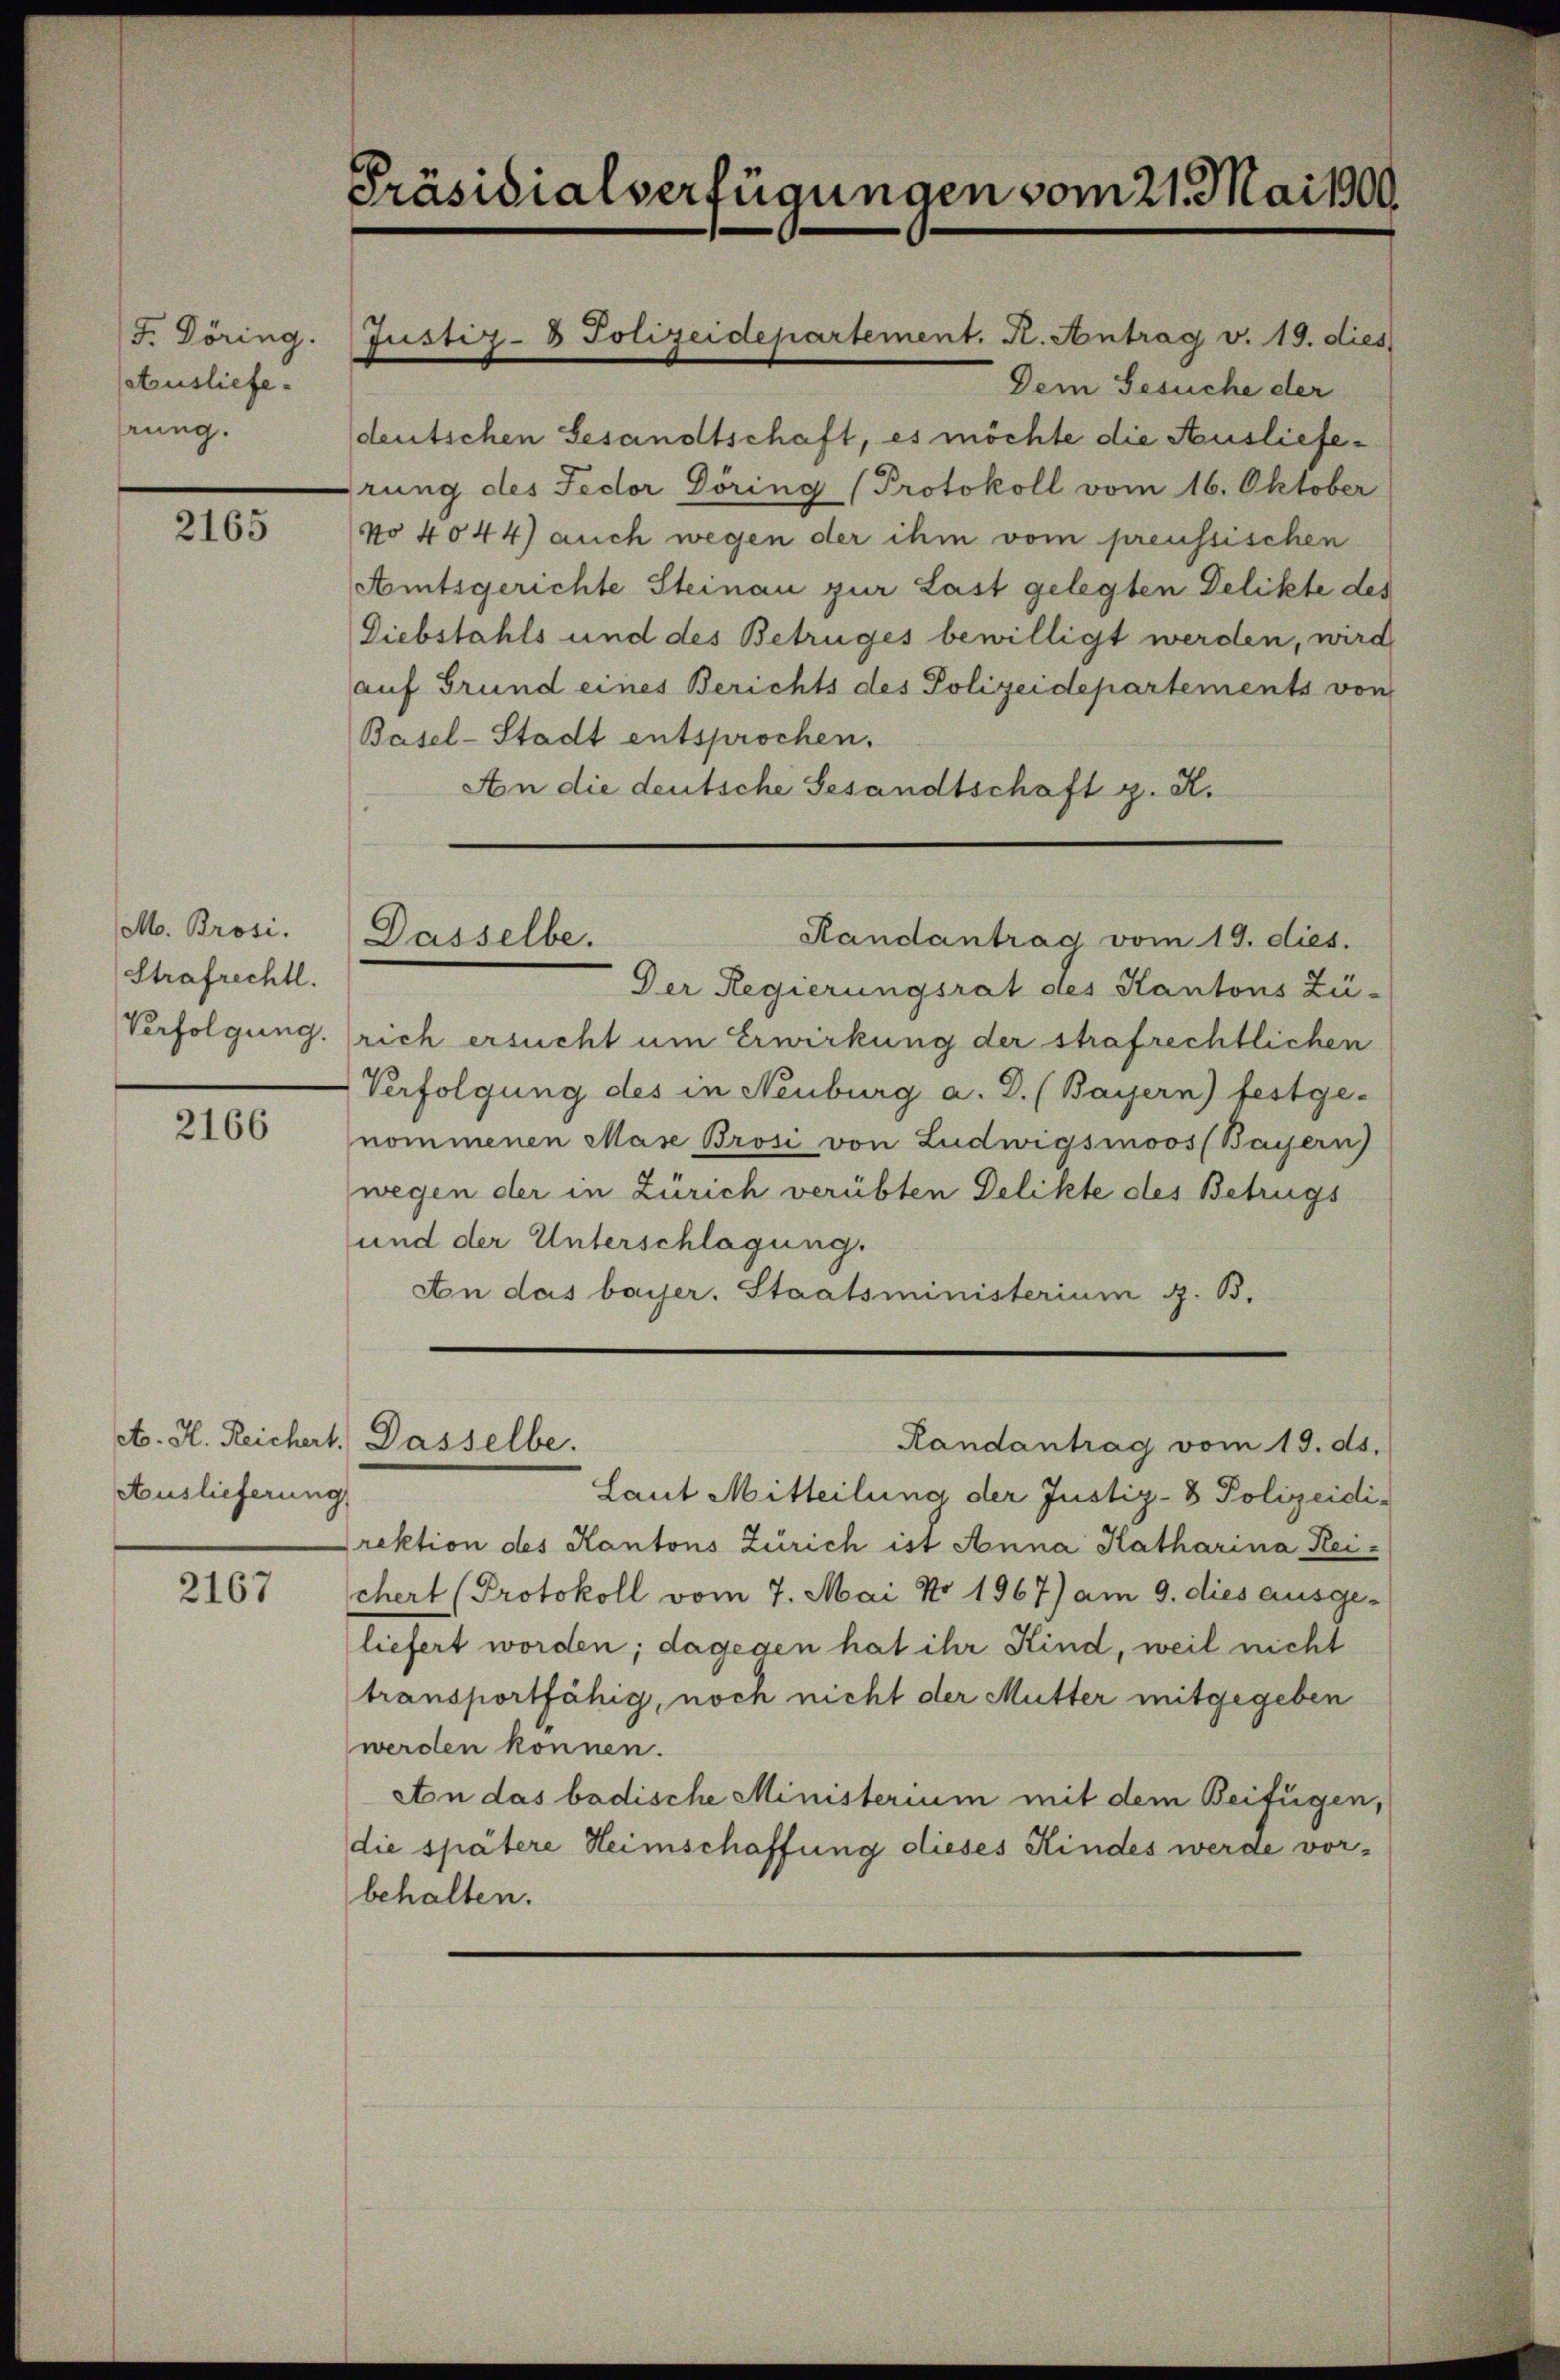
F. Döring.
Ausliefe.
rung.

2165

M. Brosi.
Strafrechtl.
Verfolgung.

2166

et. H. Reichert. Dasselbe.
Auslieferung

2167

Präsidialverfügungen vom 21. Mai 1900.

Justiz- & Polizeidepartement. K. Antrag v. 19. dies

Dem Gesuche der
deutschen Gesandtschaft, es möchte die Ausliefeirung des Fedor Döring (Protokoll vom 16. Oktober
No 4044) auch wegen der ihm vom preussischen
Amtsgerichte Steinau zur Last gelegten Delikte der
Diebstahls und des Betruges bewilligt werden, wird
auf Grund eines Berichts des Polizeidepartements von
Basel-Stadt entsprochen.
An die deutsche Gesandtschaft g. R.

Randantrag vom 19. dies.
Der Regierungsrat des Kantons Zü-
rich ersucht um Erwirkung der strafrechtlichen
Verfolgung des in Neuburg a. D. (Bayern) festge-
nommenen Mase Brosi von Ludwigsmoos (Bayern)
wegen der in Zürich verübten Delikte des Betrugs
und der Unterschlagung.
An das bayer. Staatsministerium z. B.

Dasselbe.

Laut Mitteilung der Justiz- & Polizeidi-
rektion des Kantons Zürich ist Anna Katharina Kei-
chert (Protokoll vom 7. Mai No 1967) am 9. dies ausge-
liefert worden; dagegen hat ihr Kind, weil nicht
transportfähig, noch nicht der Mutter mitgegeben
werden können.
An das badische Ministerium mit dem Beifügen,
die spätere Heimschaffung dieses Kindes werde vor-
behalten.

Randantrag vom 19. ds.